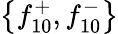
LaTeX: \left\{ f_{10}^{+},f_{10}^{-}\right\}